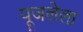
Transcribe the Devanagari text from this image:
पूजलेला